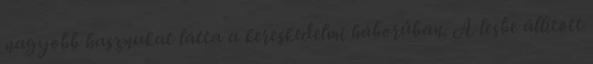
nagyobb hasznukat látta a kereskedelmi háborúban. A lesbe állított